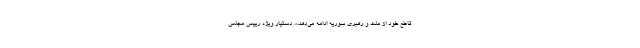
قاطع خود از ملت ‌و رهبری سوریه ادامه می‌دهد.». دستیار ویژه رییس مجلس